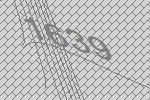
1639